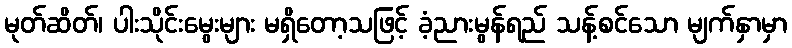
မုတ်ဆိတ်၊ ပါးသိုင်းမွေးများ မရှိတော့သဖြင့် ခံ့ညားမွန်ရည် သန့်စင်သော မျက်နှာမှာ